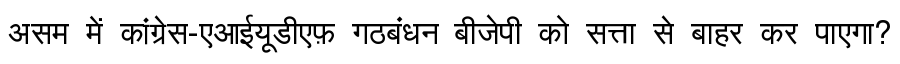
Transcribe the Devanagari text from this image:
असम में कांग्रेस-एआईयूडीएफ़ गठबंधन बीजेपी को सत्ता से बाहर कर पाएगा?